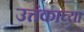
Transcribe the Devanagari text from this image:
उत्तंकाच्या